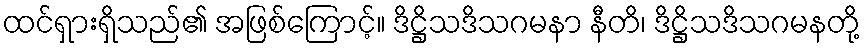
ထင်ရှားရှိသည်၏ အဖြစ်ကြောင့်။ ဒိဋ္ဌိသဒိသဂမနာ နီတိ၊ ဒိဋ္ဌိသဒိသဂမနတို့